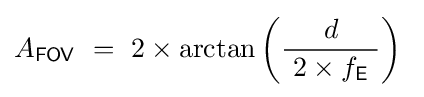
A_{\mathsf {FOV}}~=~2\times \arctan \left({\frac {d}{\ 2\times f_{\mathsf {E}}\ }}\right)~